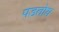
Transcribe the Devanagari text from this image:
पडतोय